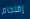
إقتحام